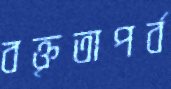
বক্তৃতাপর্ব